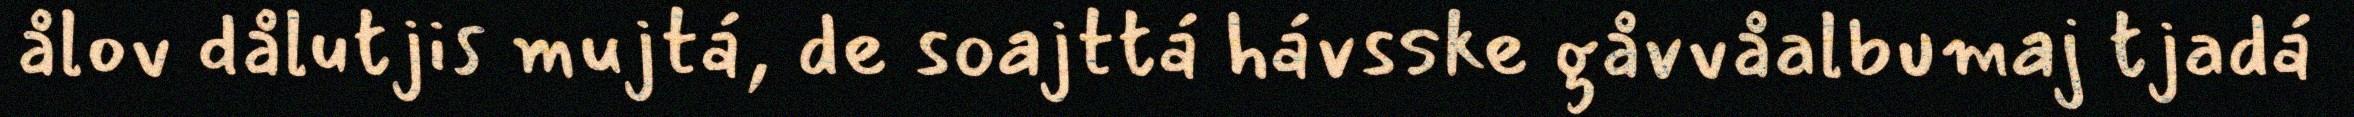
ålov dålutjis mujtá, de soajttá hávsske gåvvåalbumaj tjadá